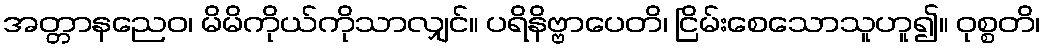
အတ္တာနညေဝ၊ မိမိကိုယ်ကိုသာလျှင်။ ပရိနိဗ္ဗာပေတိ၊ ငြိမ်းစေသောသူဟူ၍။ ဝုစ္စတိ၊